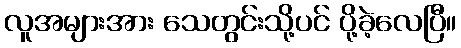
လူအများအား သေတွင်းသို့ပင် ပို့ခဲ့လေပြီ။